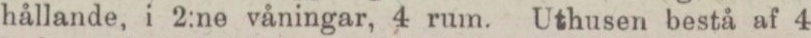
hållande, i 2:ne våningar, 4 rum. Uthusen bestå af 4